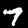
Digit: 7